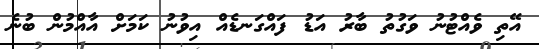
އޭތި ވެއްޓުނު ވަގުތު ބާރު އަޑު ފައްގަނޑެއް އިވުނު ކަމަށް އާއްމުން ބުނެ